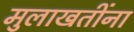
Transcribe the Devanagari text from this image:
मुलाखतींना